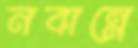
নবান্নে